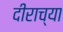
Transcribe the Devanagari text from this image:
दीराच्या